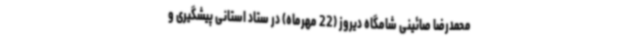
محمدرضا صائینی شامگاه دیروز (22 مهرماه) در ستاد استانی پیشگیری و